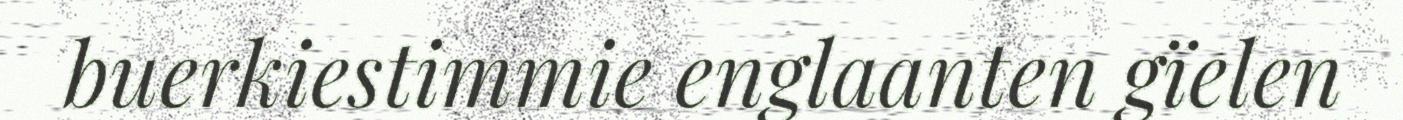
buerkiestimmie englaanten gïelen